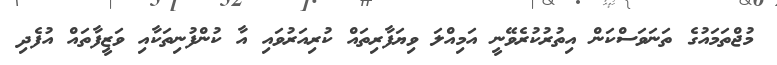
މުޖްތަމައުގެ ތަނަވަސްކަން އިތުރުކުރެވޭނީ އަމިއްލަ ވިޔަފާރިތައް ކުރިއަރުވައި އާ ކުންފުނިތަކާއި ވަޒީފާތައް އުފެދި